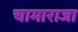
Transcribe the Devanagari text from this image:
चामाराजा